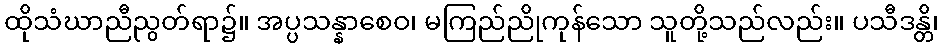
ထိုသံဃာညီညွတ်ရာ၌။ အပ္ပသန္နာစေဝ၊ မကြည်ညိုကုန်သော သူတို့သည်လည်း။ ပသီဒန္တိ၊